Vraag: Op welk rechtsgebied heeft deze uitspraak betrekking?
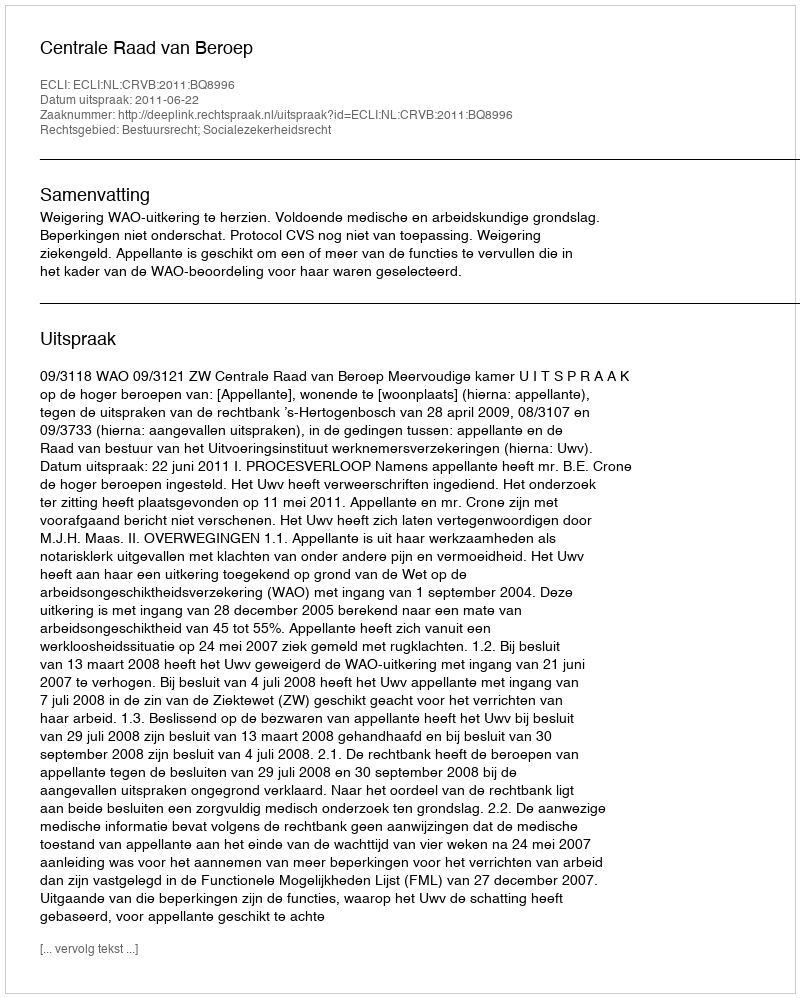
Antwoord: Bestuursrecht; Socialezekerheidsrecht